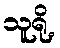
သူရို့